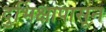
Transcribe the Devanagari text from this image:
दुर्भिक्षापासून